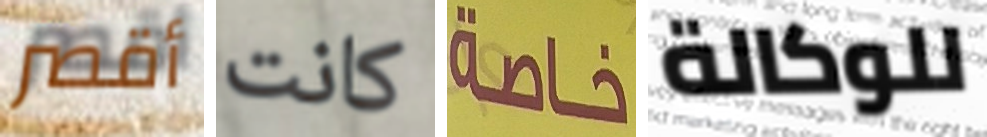
أقصر كانت خاصة للوكالة